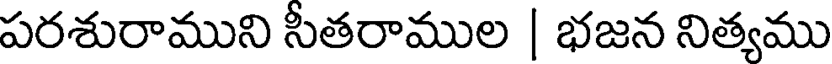
పరశురాముని సీతరాముల | భజన నిత్యము